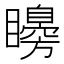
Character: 矏